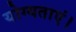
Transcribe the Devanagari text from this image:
योग्यताएं।